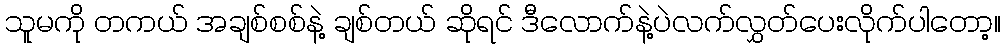
သူမကို တကယ် အချစ်စစ်နဲ့ ချစ်တယ် ဆိုရင် ဒီလောက်နဲ့ပဲလက်လွှတ်ပေးလိုက်ပါတော့။